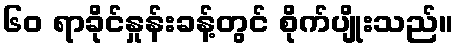
၆၀ ရာခိုင်နှုန်းခန့်တွင် စိုက်ပျိုးသည်။